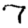
Digit: 7